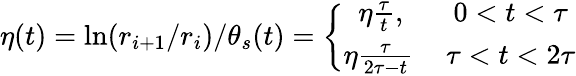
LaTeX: \eta(t)=\ln(r_{i+1}/r_{i})/\theta_{s}(t)=\left\lbrace\begin{array}{cc}{\eta\frac{\tau}{t},}&{0<t<\tau}\\ {\eta\frac{\tau}{2\tau-t}\, }&{\tau<t<2\tau}\end{array}\right.